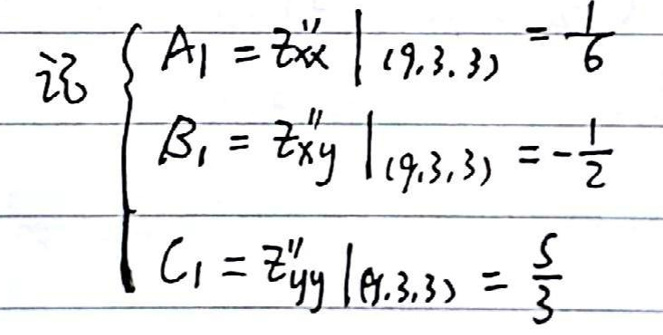
记\begin{cases}A_1 = z_{xx}''|_{(9,3,3)}=\frac{1}{6}\\B_1 = z_{xy}''|_{(9,3,3)}=-\frac{1}{2}\\C_1 = z_{yy}''|_{(9,3,3)}=\frac{5}{3}\end{cases}